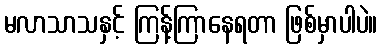
မလာသာသနှင့် ကြန့်ကြာနေရတာ ဖြစ်မှာပါပဲ။